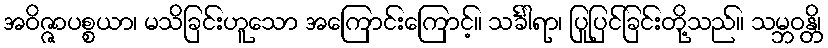
အဝိဇ္ဇာပစ္စယာ၊ မသိခြင်းဟူသော အကြောင်းကြောင့်။ သင်္ခါရာ၊ ပြုပြင်ခြင်းတို့သည်။ သမ္ဘဝန္တိ၊